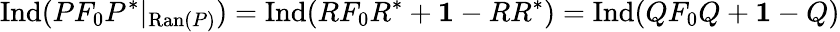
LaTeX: \mathrm{Ind}(PF_{0}P^{*}|_{\mathrm{Ran}(P)})=\mathrm{Ind}(RF_{0}R^{*}+{\mathbf 1}-RR^{*})=\mathrm{Ind}(QF_{0}Q+{\mathbf 1}-Q)